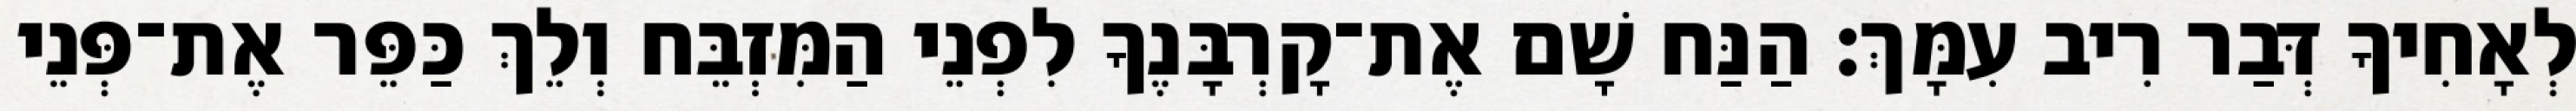
לְאָחִיךָ דְּבַר רִיב עִמָּךְ׃ הַנַּח שָׁם אֶת־קָרְבָּנֶךָ לִפְנֵי הַמִּזְבֵּח וְלֵךְ כַּפֵּר אֶת־פְּנֵי